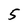
Character: 5